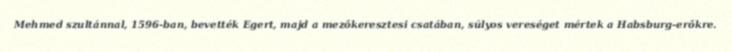
Mehmed szultánnal, 1596-ban, bevették Egert, majd a mezőkeresztesi csatában, súlyos vereséget mértek a Habsburg-erőkre.